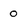
Character: 0